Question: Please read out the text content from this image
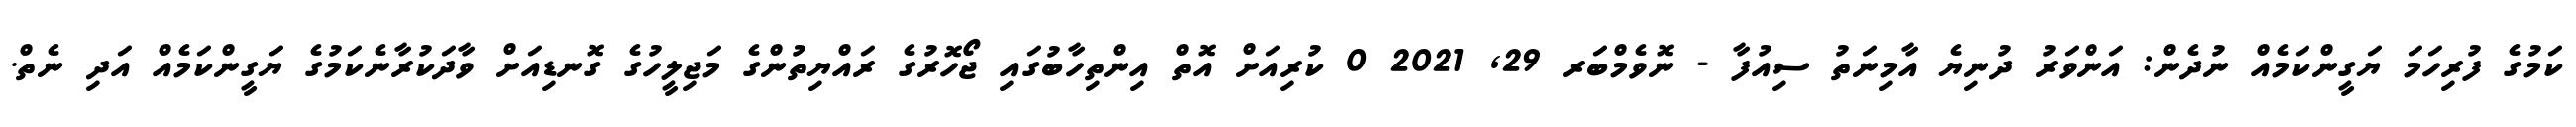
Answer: ކަމުގެ ފުރިހަމަ ޔަގީންކަމެއް ނުދެން: އަންވަރު ދުނިޔެ އާމިނަތު ސިއުފާ - ނޮވެމްބަރ 29, 2021 0 ކުރިއަށް އޮތް އިންތިހާބުގައި ޖޯހޮރުގެ ރައްޔިތުންގެ މަޖިލީހުގެ ގޮނޑިއަށް ވާދަކުރާނެކަމުގެ ޔަގީންކަމެއް އަދި ނެތް.